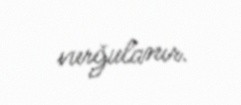
vurğulanır.